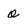
Character: o